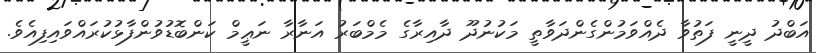
އަބްދު ދީނީ ފަތުވާ ދެއްވަމުންގެންދަވާތީ މަކުނުދޫ ދާއިރާގެ މެމްބަރު އަނާރާ ނަޢީމް ކަންބޮޑުވުންފާޅުކުރައްވައިފިއެވެ.